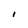
Character: I